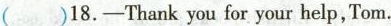
( )18.-Thank you for your help, Tom.